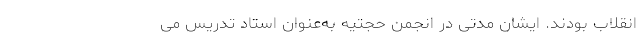
انقلاب بودند. ‌ایشان مدتی در انجمن حجتیه به‌عنوان استاد تدریس می‌